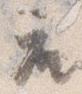
座